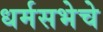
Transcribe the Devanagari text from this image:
धर्मसभेचे